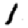
Digit: 1